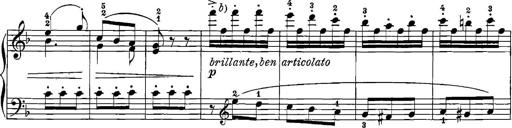
Title: 12 Sonatinas
Composer: Ignaz Pleyel